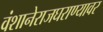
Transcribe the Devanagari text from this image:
वंशानेराजघराण्यावर